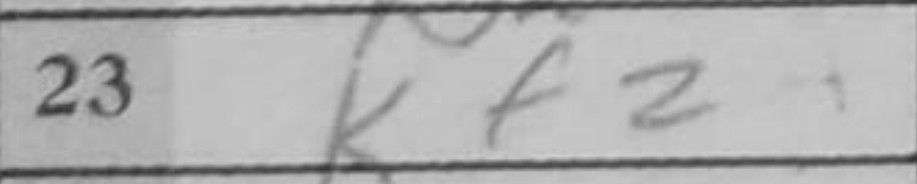
Transcription: Kf2